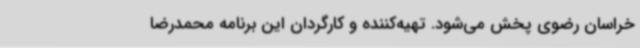
خراسان رضوی پخش می‌شود. تهیه‌کننده و کارگردان این برنامه محمدرضا